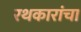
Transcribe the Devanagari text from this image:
रथकारांचा